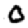
Digit: 0